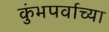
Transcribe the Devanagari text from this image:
कुंभपर्वाच्या